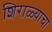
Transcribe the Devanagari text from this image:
शिराळ्याचा